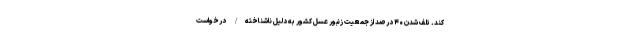
کند. تلف شدن ۴۰ درصد از جمعیت زنبور عسل کشور به دلیل ناشناخته/ درخواست